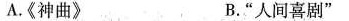
A.《神曲》 B.”人间喜剧”